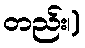
တည်း၊)